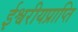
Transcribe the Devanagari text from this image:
ईश्वरीयप्राप्ति